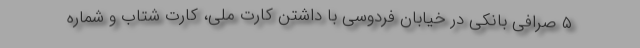
۵ صرافی بانکی در خیابان فردوسی با داشتن کارت ملی، کارت شتاب و شماره